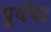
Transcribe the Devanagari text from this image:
पूर्वया